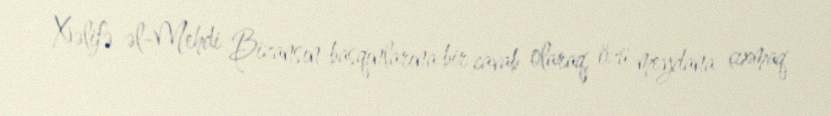
Xəlifə əl-Mehdi Bizansın basqınlarına bir cavab olaraq, özü meydana çıxmaq